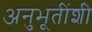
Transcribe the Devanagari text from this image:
अनुभूतींशी